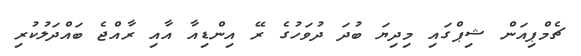
ޗެމްޕިއަން ޝިޕްގައި މިދިޔަ ބުދަ ދުވަހުގެ ރޭ އިންޑިއާ އާއި ރާއްޖެ ބައްދަލުކުރި